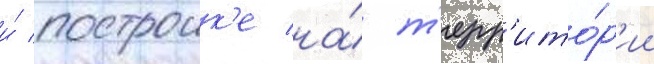
и́ построик'е на́ т'ерр'ито́р'ии